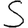
Digit: 5